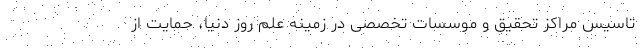
تاسیس مراکز تحقیق و موسسات تخصصی در زمینه علم روز دنیا، حمایت از